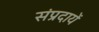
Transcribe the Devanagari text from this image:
संप्रदायें